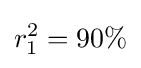
r_{1}^{2}=90\%